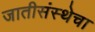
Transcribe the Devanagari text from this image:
जातीसंस्थेचा